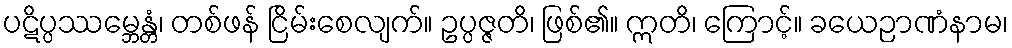
ပဋိပ္ပဿမ္ဘေန္တံ၊ တစ်ဖန် ငြိမ်းစေလျက်။ ဥပ္ပဇ္ဇတိ၊ ဖြစ်၏။ ဣတိ၊ ကြောင့်။ ခယေဉာဏံနာမ၊